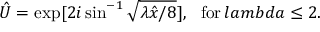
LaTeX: \hat { U } = \exp [ 2 i \sin ^ { - 1 } \sqrt { \lambda \hat { x } / 8 } ] , \ \ \mathrm { f o r } \, l a m b d a \leq 2 .